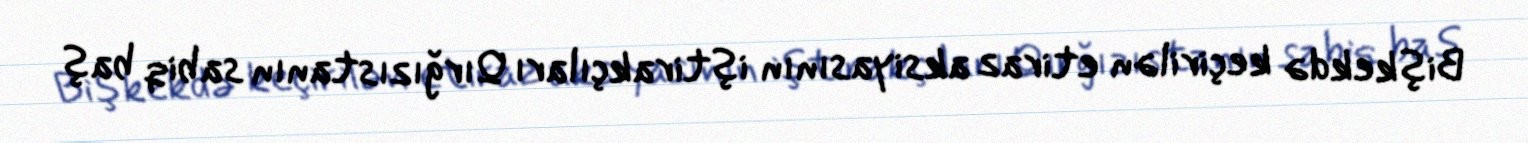
Bişkekdə keçirilən etiraz aksiyasının iştirakçıları Qırğızıstanın sabiq baş